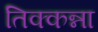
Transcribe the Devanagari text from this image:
तिक्कन्ना